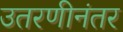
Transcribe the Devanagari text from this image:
उतरणीनंतर